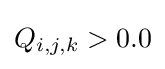
Q_{i,j,k}>0.0